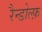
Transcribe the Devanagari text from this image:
रैन्डोल्फ़